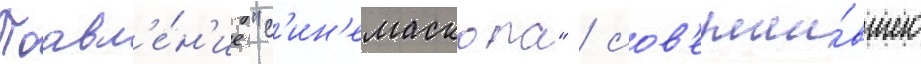
Поавл'е́н'ие "с'ин'емаскопа" / сов'ерши́вшего